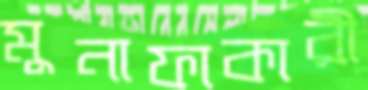
মুনাফাকারী